Vital statistics of India. Vol. IV, Annual returns from 1871 to 1876. British Army of India, Native Army and jails of Bengal
Year: 1871
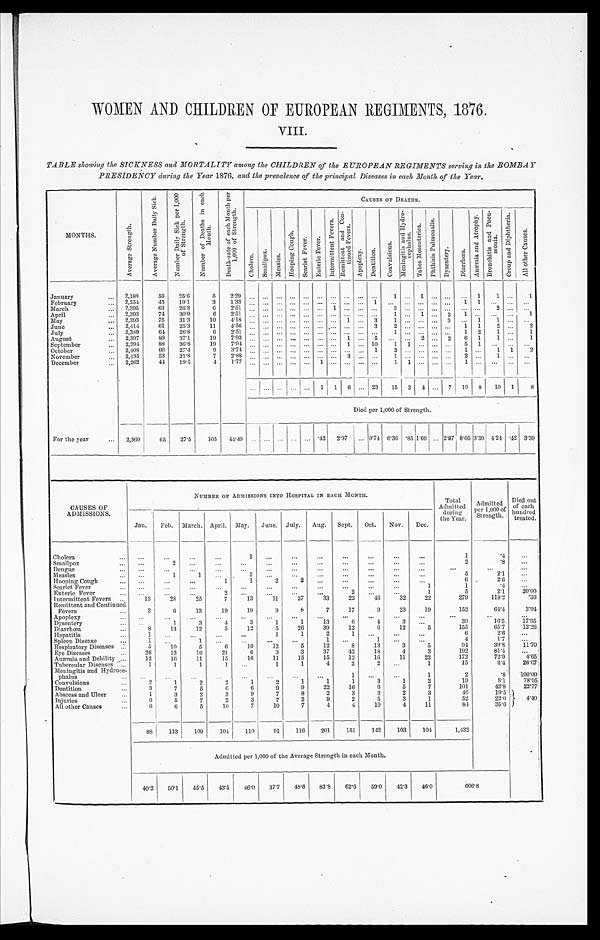
WOMEN AND CHILDREN OF EUROPEAN REGIMENTS, 1876.
VIII.
TABLE showing the SICKNESS and MORTALITY among the CHILDREN of the EUROPEAN REGIMENTS serving in the BOMBAY
PRESIDENCY during the Year 1876, and the prevalence of the principal Diseases in each Month of the Year.
MONTHS.
A v e r a g e S t r e n g t h .
A v e r a g e N u m b e r D a i l y S i c k .
N u m b e r D a i l y S i c k p e r 1 , 0 0 0
o f S t r e n g t h .
N u m b e r o f D e a t h s i n e a c h
M o n t h .
D e a t h - r a t e o f e a c h M o n t h p e r
1 , 0 0 0 o f S t r e n g t h .
CAUSES OF DEATHS.
C h o l e r a . S m a l l p o x . M e a s l e s .
H o o p i n g C o u g h . S c a r l e t F e v e r . E n t e r i c F e v e r .
I n t e r m i t t e n t F e v e r s . R e m i t t e n t a n d C o n -
t i n u e d F e v e r s .
A p o p l e x y . D e n t i t i o n .
C o n v u l s i o n s .
M e n i n g i t i s a n d H y d r o -
c e p h a l u s .
T a b e s M e s e n t e r i c a .
P h t h i s i s P u l m o n a l i s .
D y s e n t e r y . D i a r r h œ a . A n æ m i a a n d A t r o p h y .
B r o n c h i t i s a n d P n e u -
mo n i a . C r o u p a n d D i p h t h e r i a .
A l l o t h e r C a u s e s .
January
2,188 56 25.6
5 2. 29
1 1
1
1
1
February
2,254 43 19.1
3 1.33
1
1 1
March
2,395 63 26.3
6 2.51
1
3
2
April
2,393 74 30.9
6 2.51
1
1 2 1
1
M a y
2,393 75 31.3 10 4.18
1
3 1
3
1
1
June
2 , 4 1 4 61 25.3 11 4.56
3 2
1 1
2
2
July
2,389 64 26.8 6 2.51
1
1 2 1
1
August
2,397 89 37.1 19 7.93
1
5
2
2 6 1 1
1
September
2,394 88 36.8 19 7.94
1
10 1 1
5 1
October
2,408 66 27.4 9 3.74
1
3
1
1 1
2
November
2,435 53 21.8
7
2 . 8 8
3
1
2
1
December
2,262 44 19.5
4 1. 77
1
1 1
1
1 1 6
23 15 2 4 7 19 8 10 1 8
Died per 1,000 of Strength.
For the year
2,360 65 27.5 105 44.49
.42 2.97 9.74 6.36 .85 1.69 2.97 8.05 3.39 4.24 .42 3.39
CAUSES OF
ADMISSIONS.
NUMBER OF ADMISSIONS INTO HOSPITAL IN EACH MONTH.
Total
Admitted during
the Year.
Admitted
per 1,000 of
Strength.
Died out
of each
hundred treated.
Jan. Feb. March. April. May. June. July. Aug. Sept. Oct. Nov. Dec.
Chol era
1
1
. 4
Smallpox
2
2
. 8
Dengue
Measl es
1
1
3
5
2.1
Hooping Cough
1
1
2
2
6
2.6
Scarl et Fever
1
1
.4
Enteric Fever
2
2
1
5
2.1 20.00
Intermittent Fevers
13 28 25
7 13 11 27 33 22 46 32 22
279
118.2 .36
Remittent and Continued
Fevers
3
6 13 19 19
9
8
7 17
9 23 19
152
64.4 3 . 9 4
Apoplexy Dysentery
1
3 4
3
1
1 13
6
4
3
39
16.5 17.95
Diarrhœa 8 13 12
5 12
5 26 39 12
6 12
5
155
65.7 12.26
Hepatitis
1
1
1
2
1
6
2.6
Spl een Di sease
1
1
1
1
4
1.7
Respi ratory Di seases
5 10
5
6 10 12
5 12
8 13
3
5
94
39.8 11.70
Eye Di seases
26 13 16 21
6
3
3 37 42 18
4
3
192
81.4
Anæmia and Debility 12 16 11 15 16 11 15 15 12 16 11 22
172
72.9 4 . 6 5
Tubercular Diseases
1
1
1
1
1
1
4
2
2
1
15
6 . 4 26.67
Meningitis and Hydroce-
phal us
1
1
2
.8 100.00
Convul si ons
2
1
2
2
1
2
1
1
1
3
1
2
19
8.1 78.95
Dentition
3
7
5
6
6
9
9 22 16
6
5
7
101
42.8 22.77
Abscess and Ul cer
1
3
2
3
9
7
8
2
3
3
2
3
46
19.5 4 . 4 0
Injuries
6
5
7
2
3
7
2
9
2
5
3
1
52
22.0
Al l other Causes
6
6
5 10
7 10
7
4
4 10
4 11
84
35.6
88 113 109 104 110 91 116 201 151 142 103 104
1,432
Admitted per 1,000 of the Average Strength in each Month.
40.2 50.1 45.5 43.5 46.0 37.7 48.6 83.8 62.6 59.0 42.3 46.0
6 0 6 . 8